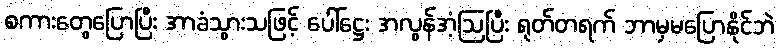
စကားတွေပြောပြီး အာခံသွားသဖြင့် ပေါ်ဋ္ဌေး အလွန်အံ့ဩပြီး ရုတ်တရက် ဘာမှမပြောနိုင်ဘဲ